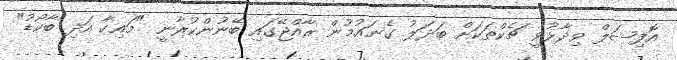
އޮފިޝަލް ވިދާޅުވީ ޗެކްތަކަށް ބަދަލު ގެނައުމުން ރާއްޖޭގައި ބޭނުންކުރާނީ "މައިކާ އަދި ބާކޯޑު"